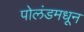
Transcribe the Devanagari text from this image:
पोलंडमधून